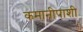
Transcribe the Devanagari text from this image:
कमानीपाशी